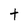
Character: t